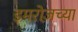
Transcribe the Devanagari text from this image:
इमरोज़च्या